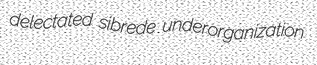
delectated sibrede underorganization